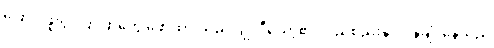
ပြောင်းဖူးပွင့်ပြာပြာတွေ ဖော်ထားသည့် ဂျိုလီယော့၏ လည်စည်းနှင့် ပိန်ချုံးနေသည့်